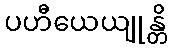
ပဟီယေယျုန္တိ